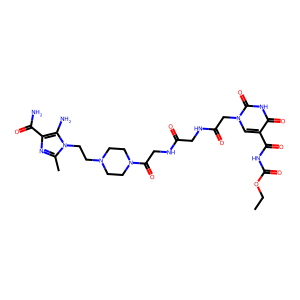
SMILES: CCOC(=O)NC(=O)c1cn(CC(=O)NCC(=O)NCC(=O)N2CCN(CCn3c(C)nc(C(N)=O)c3N)CC2)c(=O)[nH]c1=O
Inhibits HIV replication: No